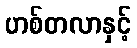
ဟစ်တလာနှင့်